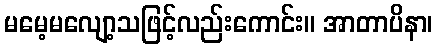
မမေ့မလျော့သဖြင့်လည်းကောင်း။ အာတာပိနာ၊